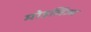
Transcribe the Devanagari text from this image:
मोडलिज्म